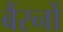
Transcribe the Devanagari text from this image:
बैंरनों